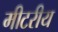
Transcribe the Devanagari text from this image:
मीटरीय